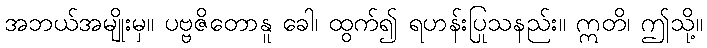
အဘယ်အမျိုးမှ။ ပဗ္ဗဇိတောနူ ခေါ၊ ထွက်၍ ရဟန်းပြုသနည်း။ ဣတိ၊ ဤသို့။